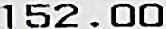
152.00